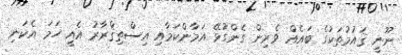
ނޫނީ ޤައުމުތަކުގެ ބައެއް ވެރިން ގެންގުޅޭ އަމާންކަމާއި އިސްތިޤްރާރު އެއީ ހަމަ އެކަނި